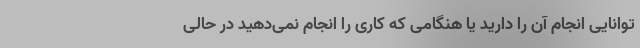
توانایی انجام آن را دارید یا هنگامی که کاری را انجام نمی‌دهید در حالی